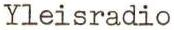
Yleisradio